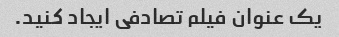
یک عنوان فیلم تصادفی ایجاد کنید.